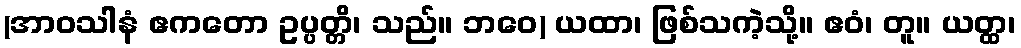
(အာဝသါနံ ဧကတော ဥပ္ပတ္တိ၊ သည်။ ဘဝေ) ယထာ၊ ဖြစ်သကဲ့သို့။ ဧဝံ၊ တူ။ ယတ္ထ၊